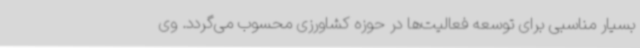
بسیار مناسبی برای توسعه فعالیت‌ها در حوزه کشاورزی محسوب می‌گردد. وی